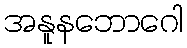
အနူနဘောဂေါ